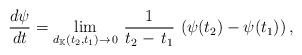
LaTeX: \begin{align*}\frac{d\psi}{dt}=\lim_{d_{\mathbb{K}}(t_2,t_1)\to\, 0}\,\frac{1}{t_2 -\,t_1}\,\left(\psi(t_2)-\psi(t_1)\right),\end{align*}